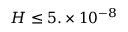
H \leq 5 . \times 1 0 ^ { - 8 }